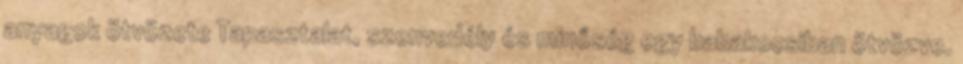
anyagok ötvözete Tapasztalat, szenvedély és minőség egy babakocsiban ötvözve.